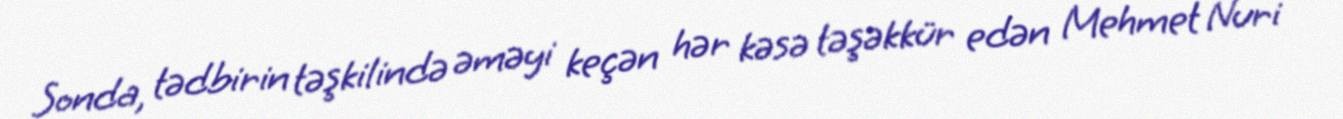
Sonda, tədbirin təşkilində əməyi keçən hər kəsə təşəkkür edən Mehmet Nuri